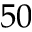
5 0